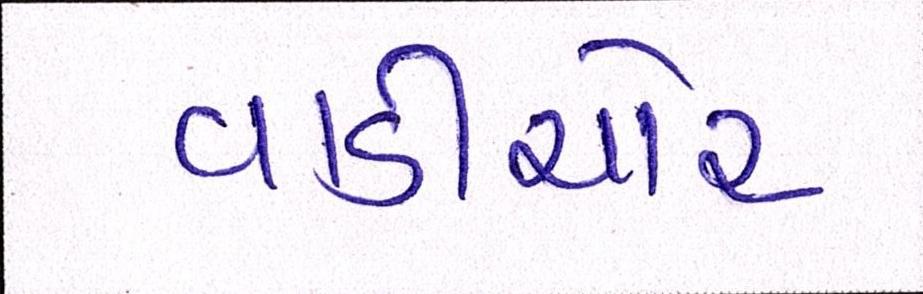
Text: વાડીચોર